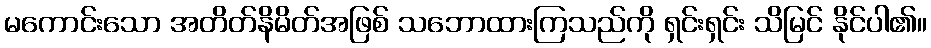
မကောင်းသော အတိတ်နိမိတ်အဖြစ် သဘောထားကြသည်ကို ရှင်းရှင်း သိမြင် နိုင်ပါ၏။